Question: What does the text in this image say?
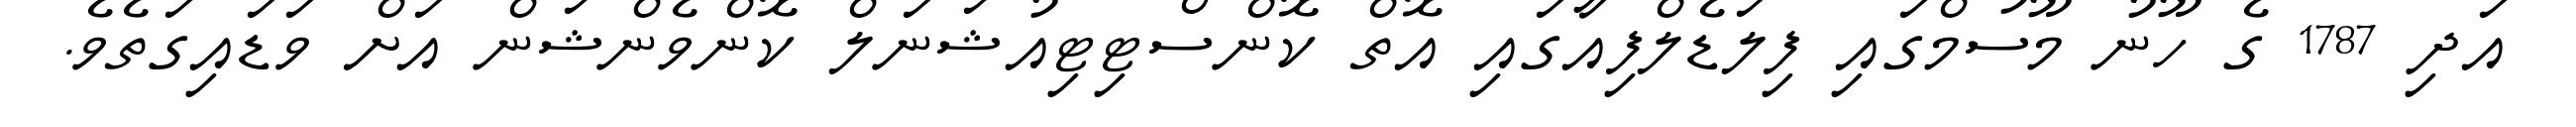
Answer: އަދި 1787 ގެ ހޫނު މޫސުމްގައި ފިލަޑެލްފިއާގައި އޮތް ކޮންސްޓިޓިއުޝަނަލް ކޮންވެންޝަން އަށް ވަޑައިގަތެވެ.